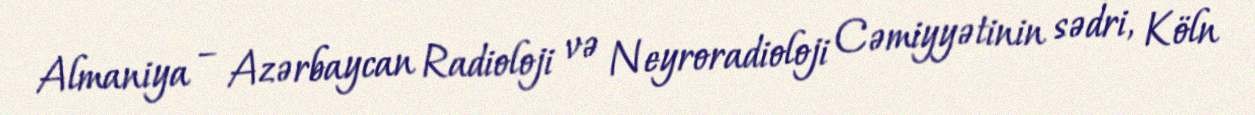
Almaniya – Azərbaycan Radioloji və Neyroradioloji Cəmiyyətinin sədri, Köln